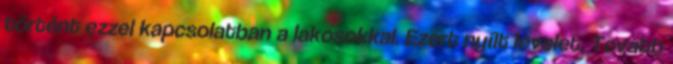
történt ezzel kapcsolatban a lakosokkal. Ezért nyílt levelet. Tovább